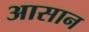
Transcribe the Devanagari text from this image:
अासान